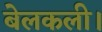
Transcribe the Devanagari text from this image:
बेलकली।